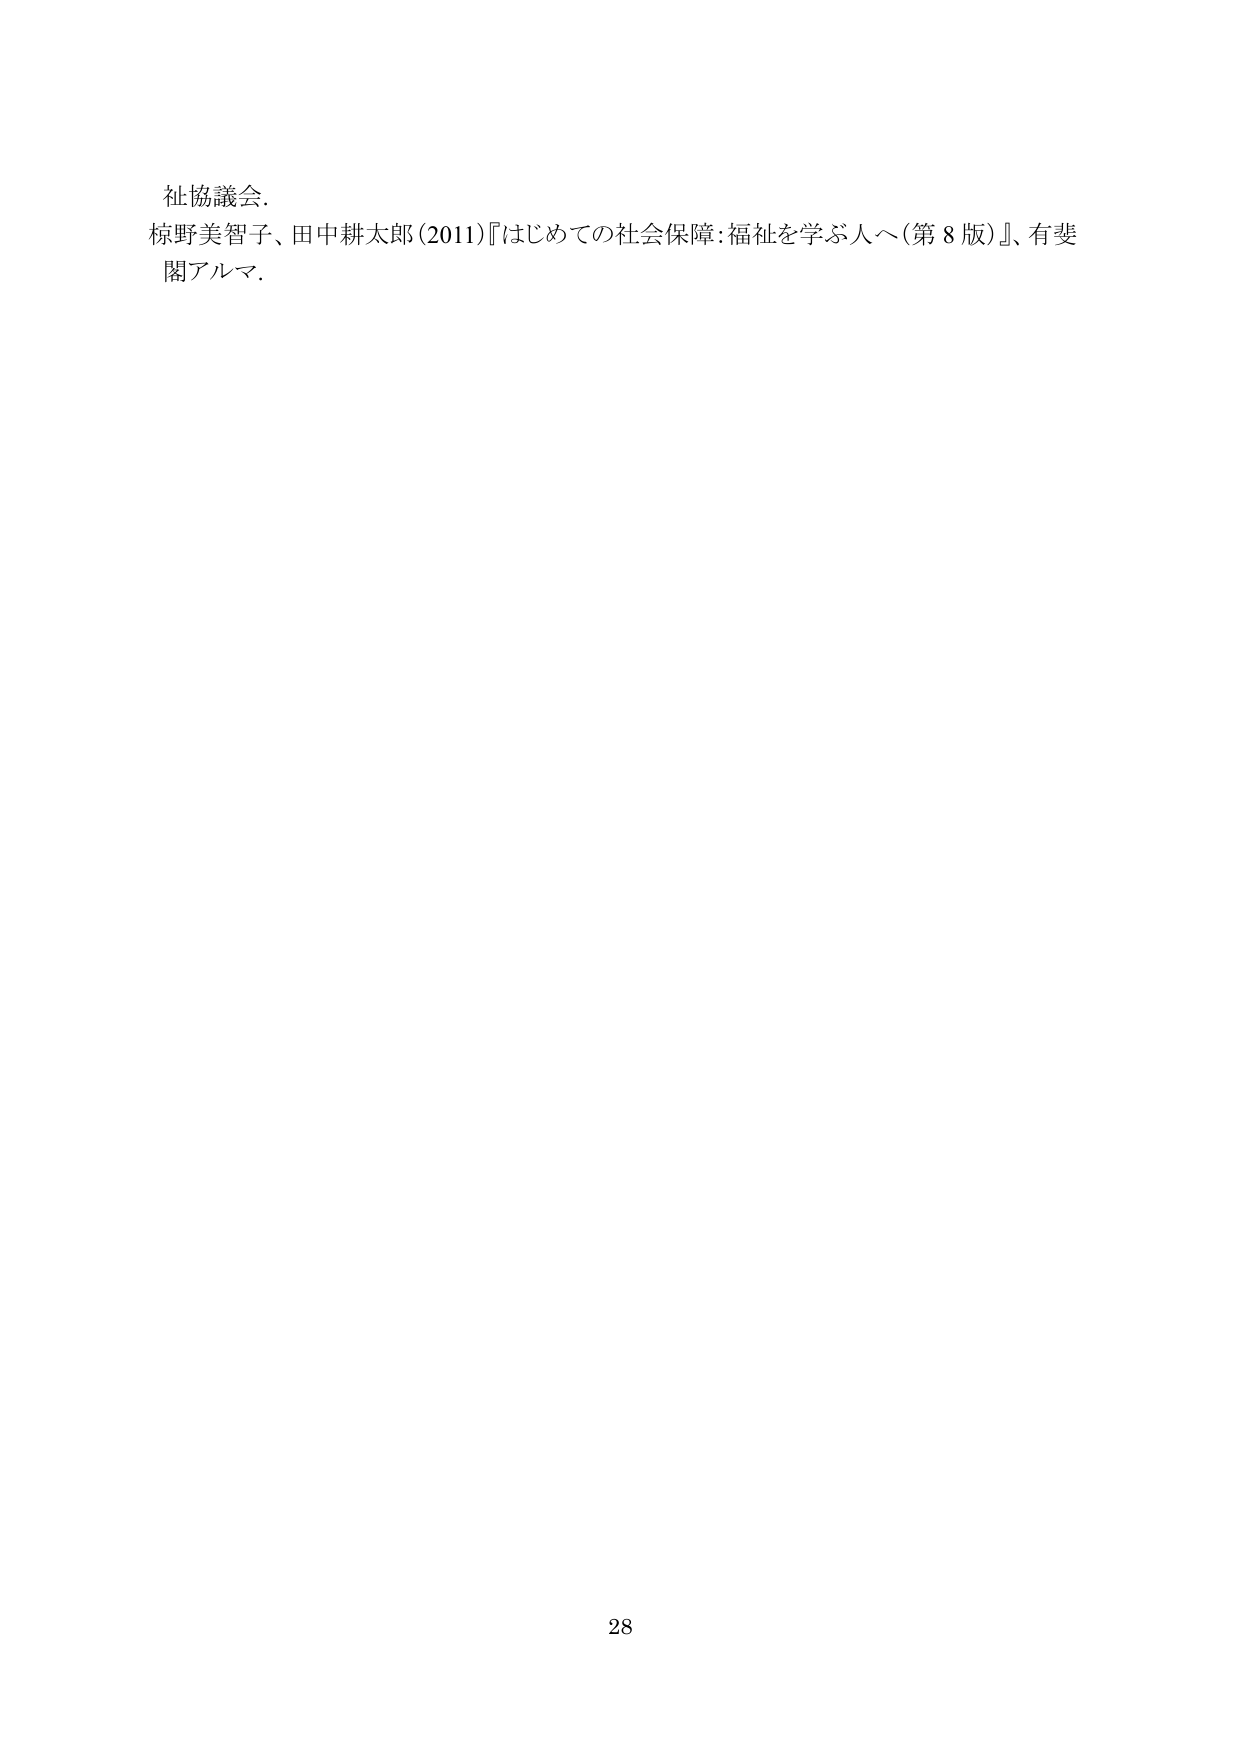
祉協議会．
椋野美智子、田中耕太郎（2011）『はじめての社会保障：福祉を学ぶ人へ（第8版）』、有斐閣アルマ．
28